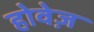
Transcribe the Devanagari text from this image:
होवेज़